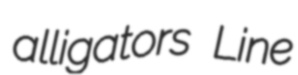
alligators Line